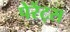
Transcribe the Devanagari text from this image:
पेरेंट्स